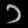
Digit: ၁